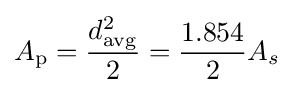
A_{\rm {p}}={\frac {d_{\rm {avg}}^{2}}{2}}={\frac {1.854}{2}}{A_{s}}